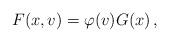
LaTeX: \begin{align*}F(x,v) = \varphi (v) G(x) \, ,\end{align*}